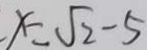
x = \sqrt { 2 } - 5